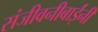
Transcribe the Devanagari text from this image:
संजीवनीबाईंनी